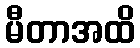
မီတာအထိ